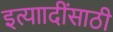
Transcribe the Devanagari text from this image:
इत्याादींसाठी